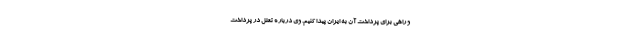
و راهی برای پرداخت آن به ایران پیدا کنیم. وی درباره تعلل در پرداخت